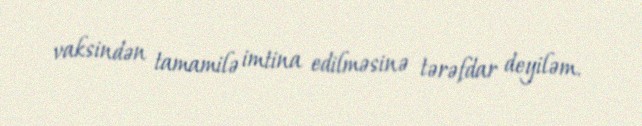
vaksindən tamamilə imtina edilməsinə tərəfdar deyiləm.